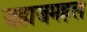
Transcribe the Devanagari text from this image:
जहाजमहल